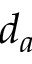
d _ { a }